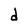
Character: d